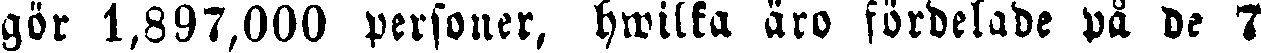
gör 1,897,000 personer, hwilka äro fördelade på de 7